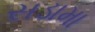
સડામા